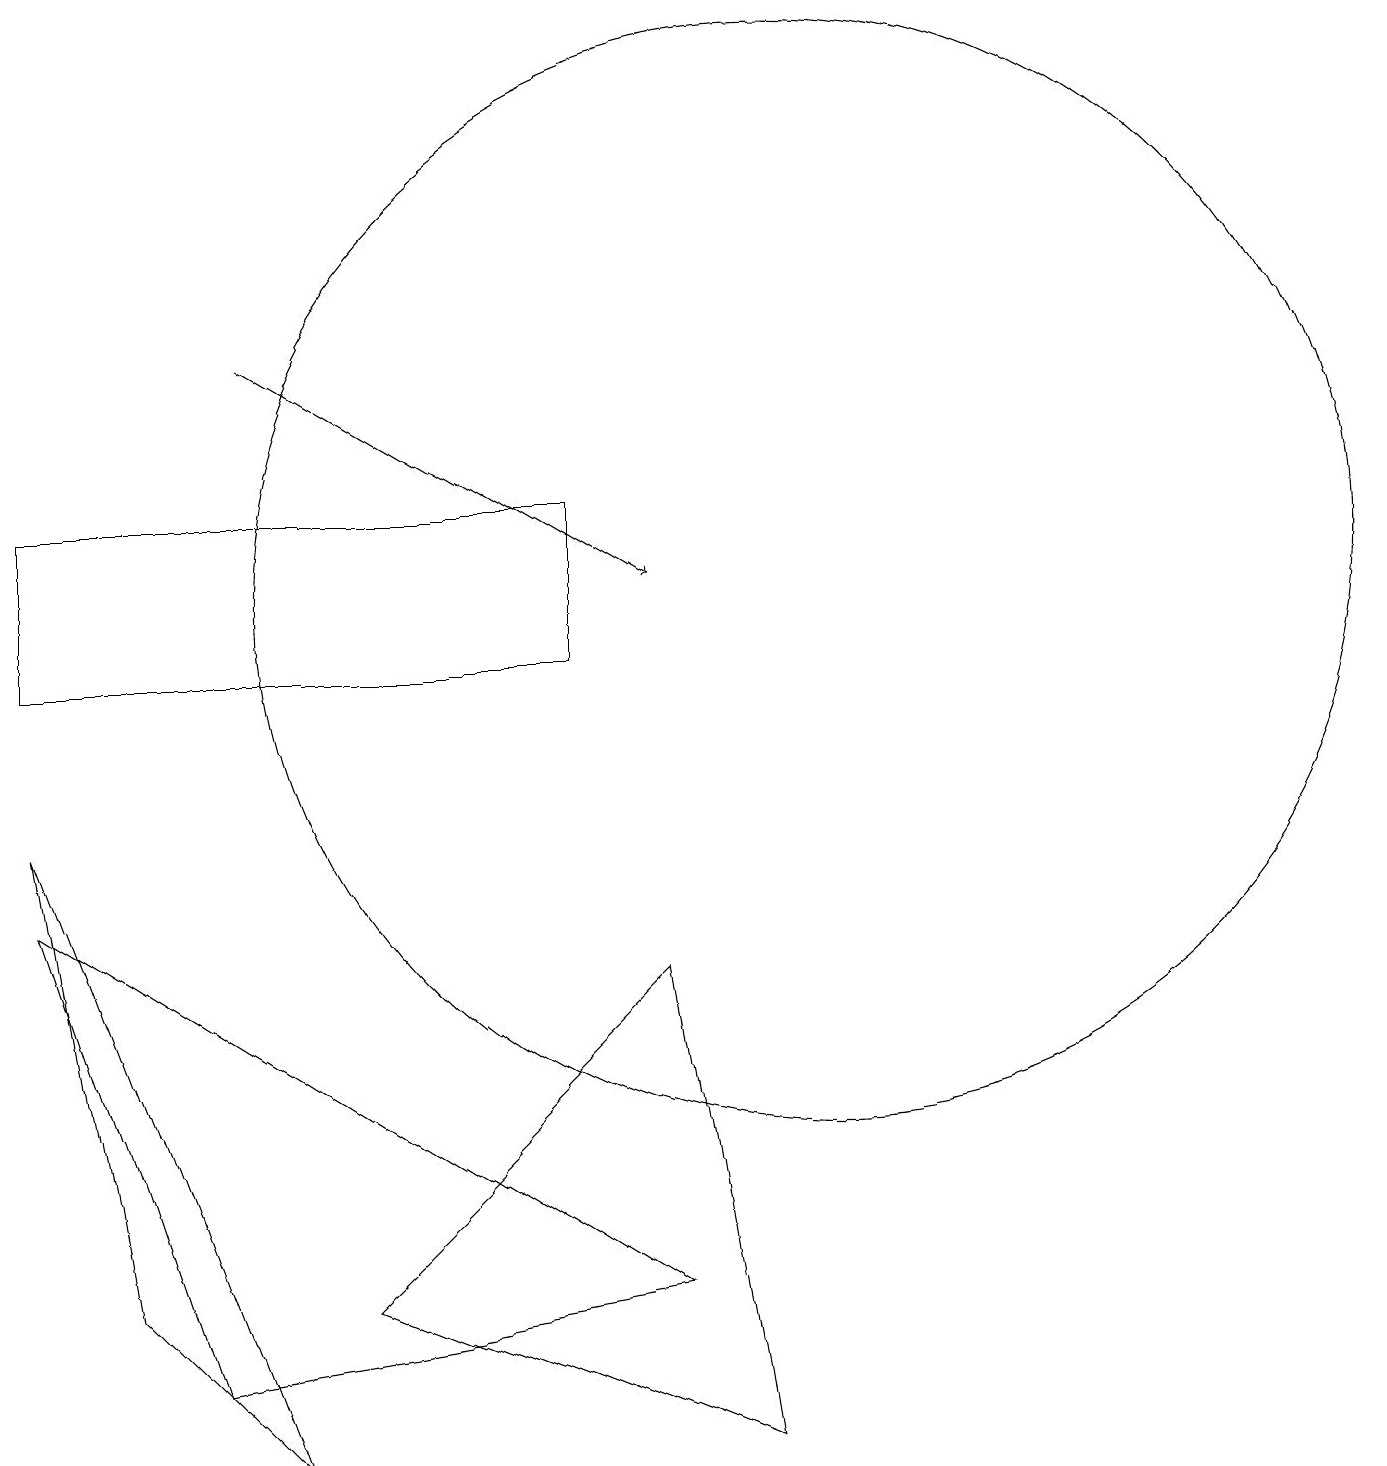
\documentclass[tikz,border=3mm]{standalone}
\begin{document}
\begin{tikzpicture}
\draw (7,13) rectangle (0,11);
\draw[->] (3,15) -- (8,12);
\draw (10,12) circle (7);
\draw (8,3) -- (0,8) -- (2,2) -- cycle;
\draw (3,1) -- (0,9) -- (1,3) -- cycle;
\draw (9,1) -- (4,3) -- (8,7) -- cycle;
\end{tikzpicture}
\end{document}